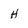
Character: H